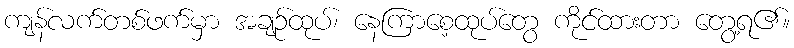
ကျန်လက်တစ်ဖက်မှာ အချဉ်ထုပ်၊ နေကြာစေ့ထုပ်တွေ ကိုင်ထားတာ တွေ့ရ၏။